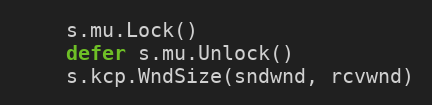
Language: Go
	s.mu.Lock()
	defer s.mu.Unlock()
	s.kcp.WndSize(sndwnd, rcvwnd)